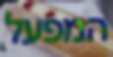
המפעל